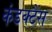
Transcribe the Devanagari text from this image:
कंडक्टैंस